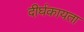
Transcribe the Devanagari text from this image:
दीर्घकायता